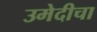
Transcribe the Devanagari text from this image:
उमेदीचा